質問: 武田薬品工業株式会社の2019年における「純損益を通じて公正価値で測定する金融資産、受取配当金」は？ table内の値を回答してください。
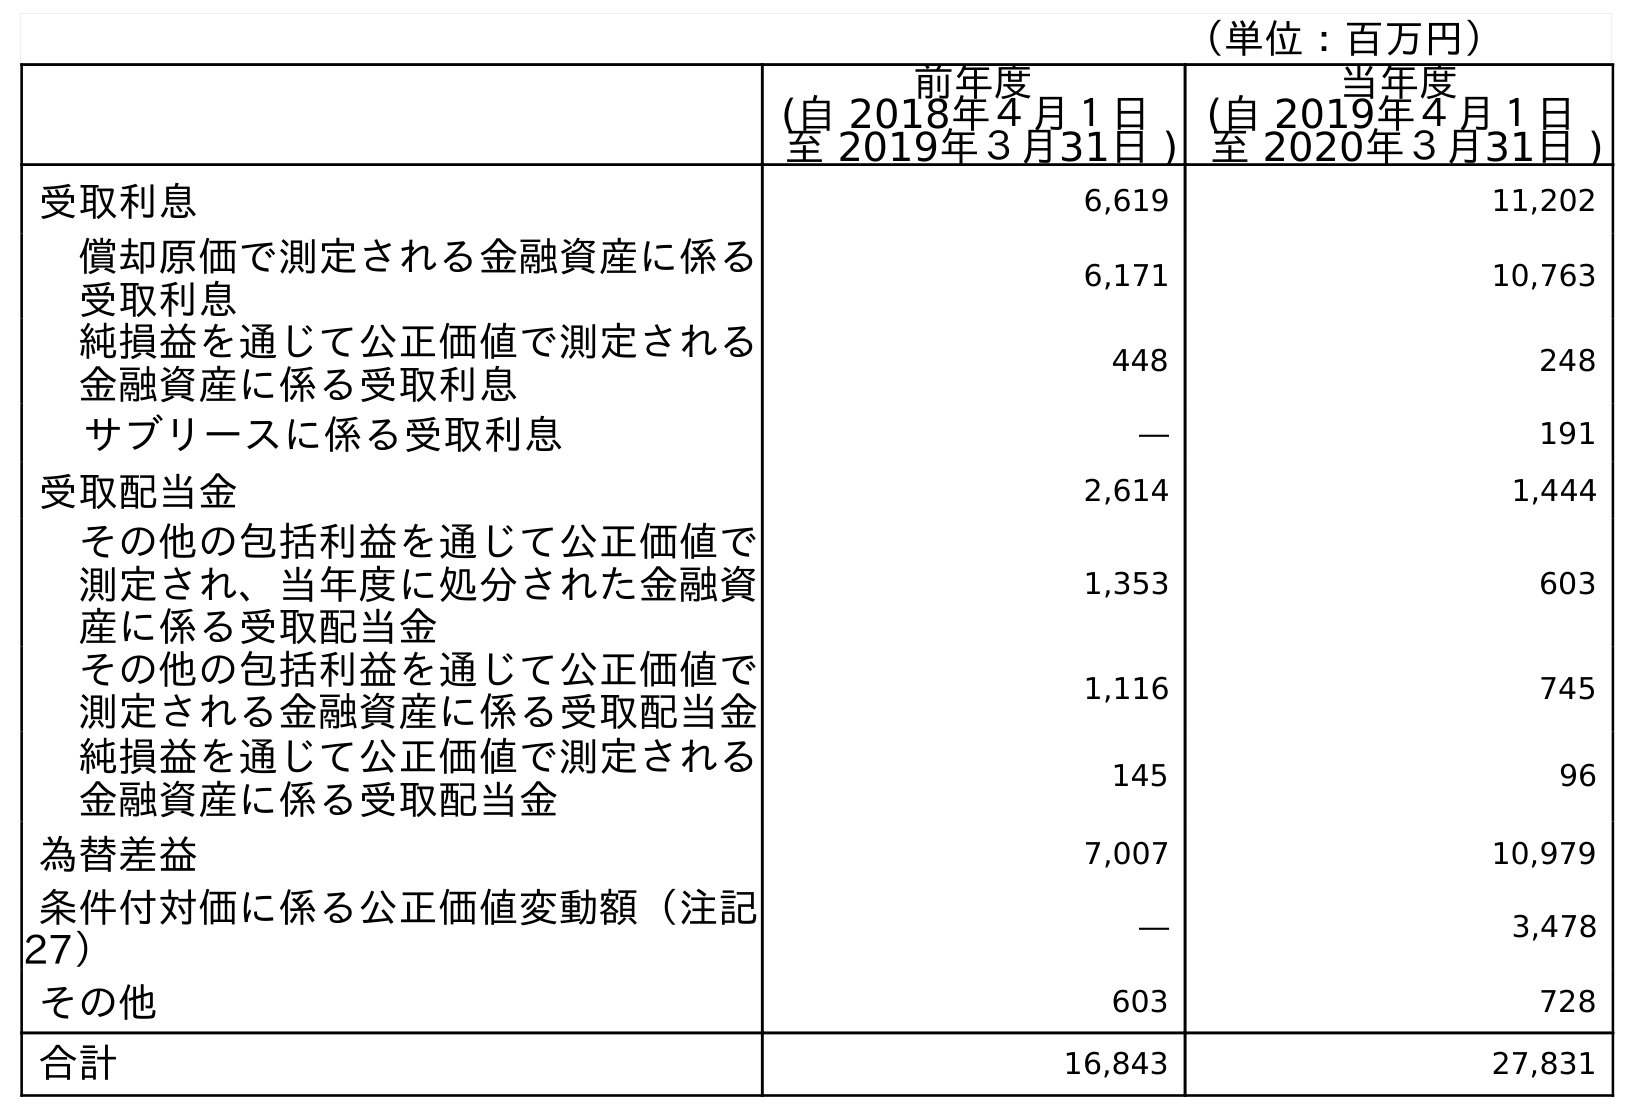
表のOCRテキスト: （単位：百万円） 前年度 (自 2018年４月１日 至 2019年３月31日 ) 当年度 (自 2019年４月１日 至 2020年３月31日 ) 受取利息 6,619 11,202 償却原価で測定される金融資産に係る 受取利息 6,171 10,763 純損益を通じて公正価値で測定される 金融資産に係る受取利息 448 248 サブリースに係る受取利息 ― 191 受取配当金 2,614 1,444 その他の包括利益を通じて公正価値で 測定され、当年度に処分された金融資 産に係る受取配当金 1,353 603 その他の包括利益を通じて公正価値で 測定される金融資産に係る受取配当金 1,116 745 純損益を通じて公正価値で測定される 金融資産に係る受取配当金 145 96 為替差益 7,007 10,979 条件付対価に係る公正価値変動額（注記 27） ― 3,478 その他 603 728 合計 16,843 27,831
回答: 145